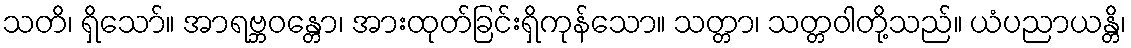
သတိ၊ ရှိသော်။ အာရဗ္ဘဝန္တော၊ အားထုတ်ခြင်းရှိကုန်သော။ သတ္တာ၊ သတ္တဝါတို့သည်။ ယံပညာယန္တိ၊